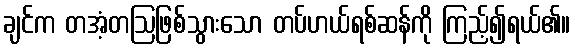
ချင်က တအံ့တဩဖြစ်သွားသော တပ်ဟယ်ရစ်ဆန်ကို ကြည့်၍ရယ်၏။